Lunatic asylums in Bengal annual reports 1888-1898 - 1888-1898
Year: 1888
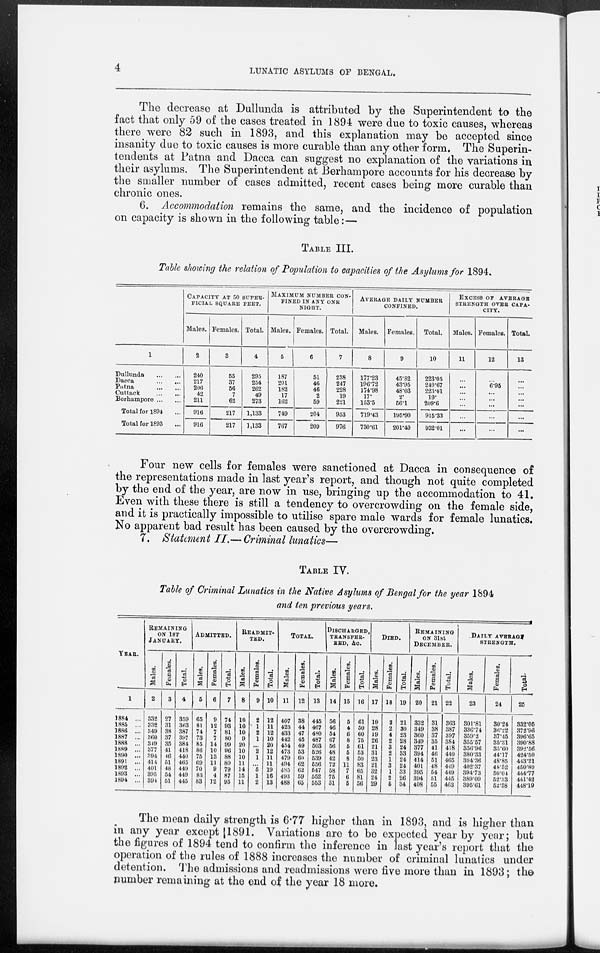
4
LUNATIC ASYLUMS OF BENGAL.
The decrease at Dullunda is attributed by the Superintendent to the
fact that only 59 of the cases treated in 1894 were due to toxic causes, whereas
there were 82 such in 1893, and this explanation may be accepted since
insanity due to toxic causes is more curable than any other form. The Superin-
tendents at Patna and Dacca can suggest no explanation of the variations in
their asylums. The Superintendent at Berhampore accounts for his decrease by
the smaller number of cases admitted, recent cases being more curable than
chronic ones.
6. Accommodation remains the same, and the incidence of population
on capacity is shown in the following table:—
TABLE III.
Table showing the relation of Population to capacities of the Asylums for 1894.
1
Dullunda
...
...
Dacca
... ...
Patna
...
...
Cuttack
...
...
Berhampore ... ...
Total for 1894 ...
Total for 1893 ...
CAPACITY AT 50 SUPER-
FICIAL SQUARE FEET.
Males.
2
240
217
206
42
211
916
916
Females.
3
55
37
56
7
62
217
217
Total.
4
295
254
262
49
273
1,133
1,133
MAXIMUM NUMBER CON-
FINED IN ANY ONE
NIGHT.
Males.
5
187
201
182
17
162
749
767
Females.
6
51
46
46
2
59
204
209
Total.
7
238
247
228
19
221
953
976
AVERAGE DAILY NUMBER
CONFINED.
Males.
8
177.23
196.72
174.98
17.
153.5
719.43
730.61
Females.
9
45.82
43.95
48.03
2.
56.1
195.90
201.40
Total.
10
223.05
240.67
223.01
19.
209.6
915.33
932.01
EXCESS OF AVERAGE
STRENGTH OVER CAPA-
CITY.
Males.
11
...
...
...
...
...
...
...
Females.
12
...
6.95
...
...
...
...
...
Total.
13
...
...
...
...
...
...
...
Four new cells for females were sanctioned at Dacca in consequence of
the representations made in last year's report, and though not quite completed
by the end of the year, are now in use, bringing up the accommodation to 41.
Even with these there is still a tendency to overcrowding on the female side,
and it is practically impossible to utilise spare male wards for female lunatics.
No apparent bad result has been caused by the overcrowding.
7. Statement II.— Criminal lunatics—
TABLE IV.
Table of Criminal Lunatics in the Native Asylums of Bengal for the year 1894
and ten previous years.
YEAR.
1
1884 ...
1885 ...
1886 ...
1887 ...
1888 ...
1889 ...
1890 ...
1891 ...
1892 ...
1893 ...
1894 ...
REMAINING
ON 1ST
JANUARY.
Males.
2
332
332
349
360
349
377
394
414
401
395
394
Females.
3
27
31
38
37
35
41
46
51
48
54
51
Total.
4
359
363
387
397
384
418
440
465
449
449
445
ADMITTED.
Males.
5
65
81
74
73
85
86
75
69
70
83
83
Females.
6
9
12
7
7
14
10
13
11
9
4
12
Total.
7
74
93
81
80
99
96
88
80
79
87
95
READMIT-
TED.
Males.
8
10
10
10
9
20
10
10
11
14
15
11
Females.
9
2
1
2
1
...
2
1
...
5
1
2
Total.
10
12
11
12
10
20
12
11
11
19
16
13
TOTAL.
Males.
11
407
423
433
442
454
473
479
494
485
493
488
Females.
12
38
44
47
45
49
53
60
62
62
59
65
Total.
13
445
467
480
487
503
526
539
556
547
552
553
DISCHARGED,
TRANSFER-
RED, &c.
Males.
14
56
46
54
67
56
48
42
72
58
75
51
Females.
15
5
4
6
8
5
5
8
11
7
6
5
Total.
16
61
50
60
75
61
53
50
83
65
81
56
DIED.
Males.
17
19
28
19
26
21
31
23
21
32
24
29
Females.
18
2
2
4
2
3
2
1
3
1
2
6
Total.
19
21
30
23
28
24
33
24
24
33
26
34
REMAINING
ON 31st
DECEMBER.
Males.
20
332
349
360
349
377
394
414
401
395
394
408
Females.
21
31
38
37
35
41
46
51
48
54
51
55
Total.
22
363
387
397
384
418
440
465
449
449
445
463
DAILY AVERAGE
STRENGTH.
Males.
23
301.81
336.74
359.2
355.57
356.96
380.33
394.36
402.37
394.73
389.09
395.61
Females.
24
30.24
36.22
37.45
35.31
35.60
44.17
48.85
48.52
50.04
52.33
52.58
Total.
25
332.05
372.96
396.65
390.88
392.56
424.50
443.21
450.89
444.77
441.42
448.19
The mean daily strength is 6.77 higher than in 1893, and is higher than
in any year except 1891. Variations are to be expected year by year; but
the figures of 1894 tend to confirm the inference in last year's report that the
operation of the rules of 1888 increases the number of criminal lunatics under
detention. The admissions and readmissions were five more than in 1893; the
number remaining at the end of the year 18 more.